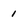
Character: 1